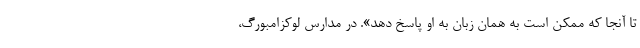
تا آنجا که ممکن است به همان زبان به او پاسخ دهد». در مدارس لوکزامبورگ،